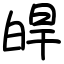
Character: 皔